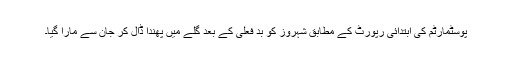
پوسٹمارٹم کی ابتدائی رپورٹ کے مطابق شہروز کو بد فعلی کے بعد گلے میں پھندا ڈال کر جان سے مارا گیا۔